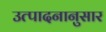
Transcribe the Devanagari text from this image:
उत्पादनानुसार